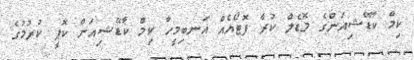
ކިމް ކާޑޭޝިއަންގެ މޮޑެލް ކުރާ ފޮޓޯއެއް އަނބިމީހާ ކިމް ކާޑޭޝިއަން ކޮޕީ ކުރުމުގެ